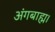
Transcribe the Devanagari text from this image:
अंगबाह्म।